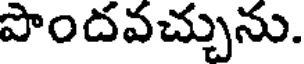
పొందవచ్చును.